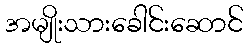
အမျိုးသားခေါင်းဆောင်